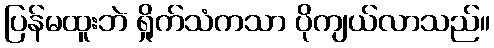
ပြန်မထူးဘဲ ရှိုက်သံကသာ ပိုကျယ်လာသည်။